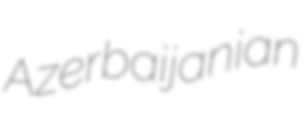
Azerbaijanian